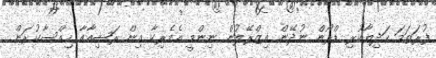
ފުރަތަމަ ހަދިޔާކުރި ޑްރޯން ނުދޭން އިޒްރޭލުން ނިންމީ އެމެރިކާ އިން ރަޝިއާއާ ހިއްސާކުރަން